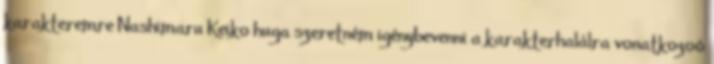
karakteremre Nashimaru Keiko huga szeretném igénybevenni a karakterhalálra vonatkozoó